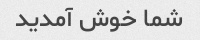
شما خوش آمدید